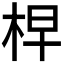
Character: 𣑬